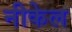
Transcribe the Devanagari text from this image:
नीकेल